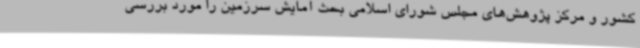
کشور و مرکز پژوهش‌های مجلس شورای اسلامی بحث آمایش سرزمین را مورد بررسی